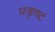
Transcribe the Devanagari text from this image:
प्रकृष्टं